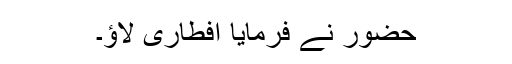
حضور نے فرمایا افطاری لاؤ۔